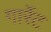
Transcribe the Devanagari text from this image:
गार्रेट